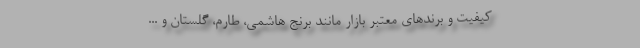
کیفیت و برندهای معتبر بازار مانند برنج هاشمی، طارم، گلستان و ...